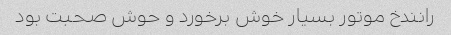
رانندخ موتور بسیار خوش برخورد و حوش صحبت بود